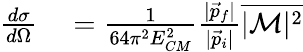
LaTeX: \begin{array}{rl}{{\frac{d\sigma}{d\Omega}}}&{{}={\frac{1}{64\pi^{2}E_{CM}^{2}}}{\frac{|{\vec{p}}_{f}|}{|{\vec{p}}_{i}|}}{\overline{{|{\mathcal{M}}|^{2}}}}}\end{array}